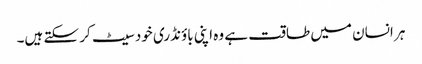
ہر انسان میں طاقت ہے وہ اپنی باؤنڈری خود سیٹ کر سکتے ہیں۔